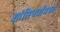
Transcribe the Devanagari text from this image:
शांतिपर्वामध्ये